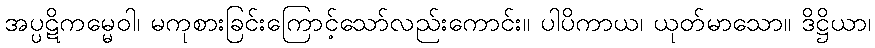
အပ္ပဋိကမ္မေဝါ၊ မကုစားခြင်းကြောင့်သော်လည်းကောင်း။ ပါပိကာယ၊ ယုတ်မာသော။ ဒိဋ္ဌိယာ၊